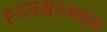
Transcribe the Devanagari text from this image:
ह्डपसरजवळ